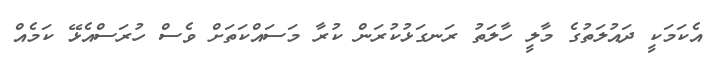
އެކަމަކީ ދައުލަތުގެ މާލީ ހާލަތު ރަނގަޅުކުރަން ކުރާ މަސައްކަތަށް ވެސް ހުރަސްއެޅޭ ކަމެއް